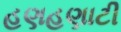
હણહણાટી